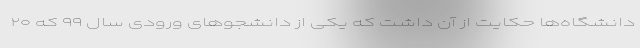
دانشگاه‌ها حکایت از آن داشت که یکی از دانشجوهای ورودی سال ۹۹ که ۲۰